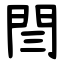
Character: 閆